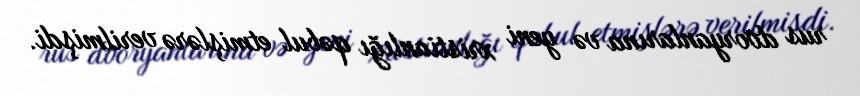
rus dvoryanlarına və yeni xristianlığı qəbul etmişlərə verilmişdi.